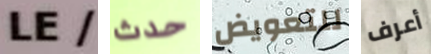
LE/ حدث للتعويض أعرف